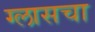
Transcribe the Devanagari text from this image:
ग्लासचा